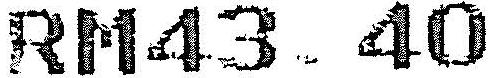
RM43.40